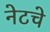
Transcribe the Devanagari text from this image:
नेटचे